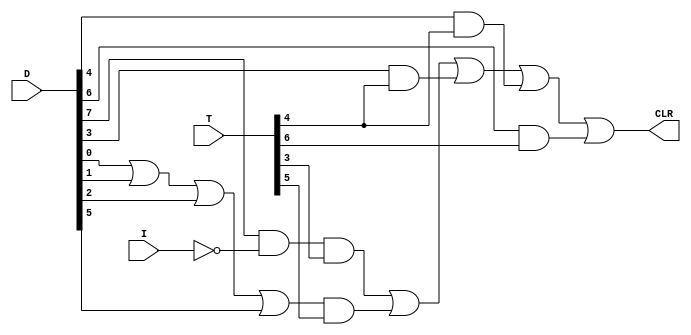
module SC_Control ( 
   T, D, I,CLR 
); 
input  I; 
input [7:0] T, D; 
output  CLR; 
assign CLR = ((D[7] & (~I) & T[3]) | ((D[0] | D[1] | D[2] | (D[5])) & T[5]) | (D[3] & T[4]) | (D[4] & T[4]) | (D[6] & T[6]));
endmodule